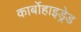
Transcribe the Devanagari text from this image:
कार्बोहाइड्रेड